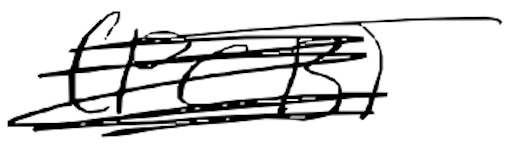
Text: (PCB)
Cross-out: scratch
Writing tool: digital_black